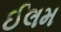
ઈલમ